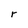
Character: r